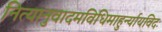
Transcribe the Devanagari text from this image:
नित्यानुवादमविधिमाहुर्न्यायविदः